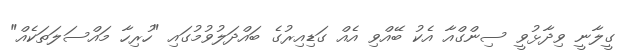
ގީލާނީ ވިދާޅުވީ ސިންގްއާ އެކު ބޭއްވި އެއް ގަޑިއިރުގެ ބައްދަލުވުމުގައި "ހުރިހާ މައްސަލަތަކެއް"